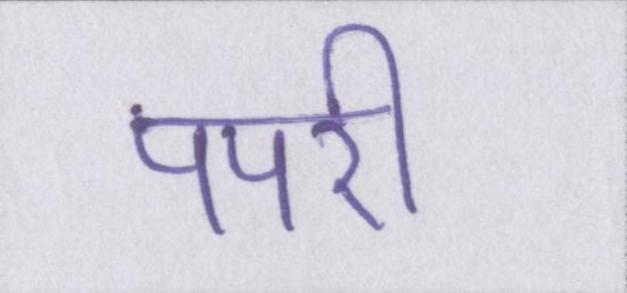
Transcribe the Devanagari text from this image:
पपरी